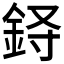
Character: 𲇈